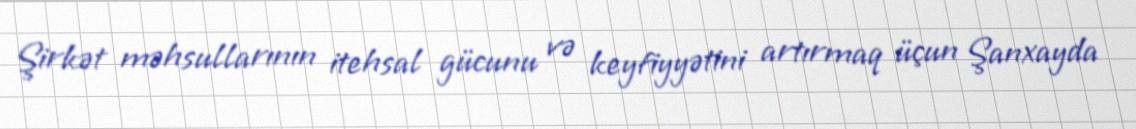
Şirkət məhsullarının itehsal gücunu və keyfiyyətini artırmaq üçun Şanxayda